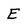
Character: E